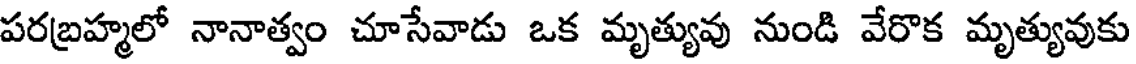
పరబ్రహ్మలో నానాత్వం చూసేవాడు ఒక మృత్యువు నుండి వేరొక మృత్యువుకు